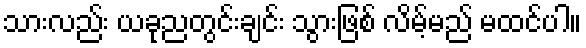
သားလည်း ယခုညတွင်းချင်း သွားဖြစ် လိမ့်မည် မထင်ပါ။